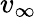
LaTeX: v_{\infty}